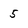
Character: 5